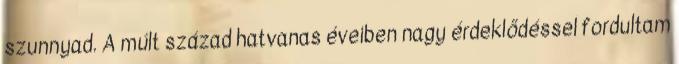
szunnyad. A múlt század hatvanas éveiben nagy érdeklődéssel fordultam